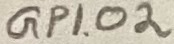
Text: GPIO2